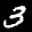
Label: 3